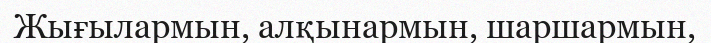
Жығылармын, алқынармын, шаршармын,